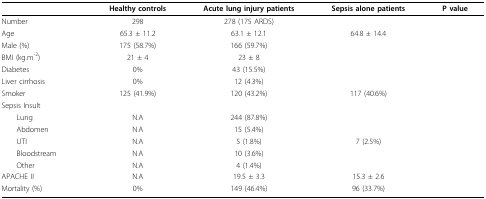
<table><thead><tr><td>[EMPTY_CELL]</td><td><b>Healthy controls</b></td><td><b>Acute lung injury patients</b></td><td><b>Sepsis alone patients</b></td><td><b>P value</b></td></tr></thead><tbody><tr><td>Number</td><td>298</td><td>278 (175 ARDS)</td><td>[EMPTY_CELL]</td><td>[EMPTY_CELL]</td></tr><tr><td>Age</td><td>65.3 ± 11.2</td><td>63.1 ± 12.1</td><td>64.8 ± 14.4</td><td>[EMPTY_CELL]</td></tr><tr><td>Male (%)</td><td>175 (58.7%)</td><td>166 (59.7%)</td><td>[EMPTY_CELL]</td><td>[EMPTY_CELL]</td></tr><tr><td>BMI (kg.m<sup>-2</sup>)</td><td>21 ± 4</td><td>23 ± 8</td><td>[EMPTY_CELL]</td><td>[EMPTY_CELL]</td></tr><tr><td>Diabetes</td><td>0%</td><td>43 (15.5%)</td><td>[EMPTY_CELL]</td><td>[EMPTY_CELL]</td></tr><tr><td>Liver cirrhosis</td><td>0%</td><td>12 (4.3%)</td><td>[EMPTY_CELL]</td><td>[EMPTY_CELL]</td></tr><tr><td>Smoker</td><td>125 (41.9%)</td><td>120 (43.2%)</td><td>117 (40.6%)</td><td>[EMPTY_CELL]</td></tr><tr><td>Sepsis Insult</td><td>[EMPTY_CELL]</td><td>[EMPTY_CELL]</td><td>[EMPTY_CELL]</td><td>[EMPTY_CELL]</td></tr><tr><td> Lung</td><td>N.A</td><td>244 (87.8%)</td><td>[EMPTY_CELL]</td><td>[EMPTY_CELL]</td></tr><tr><td> Abdomen</td><td>N.A</td><td>15 (5.4%)</td><td>[EMPTY_CELL]</td><td>[EMPTY_CELL]</td></tr><tr><td> UTI</td><td>N.A</td><td>5 (1.8%)</td><td>7 (2.5%)</td><td>[EMPTY_CELL]</td></tr><tr><td> Bloodstream</td><td>N.A</td><td>10 (3.6%)</td><td>[EMPTY_CELL]</td><td>[EMPTY_CELL]</td></tr><tr><td> Other</td><td>N.A</td><td>4 (1.4%)</td><td>[EMPTY_CELL]</td><td>[EMPTY_CELL]</td></tr><tr><td>APACHE II</td><td>N.A</td><td>19.5 ± 3.3</td><td>15.3 ± 2.6</td><td>[EMPTY_CELL]</td></tr><tr><td>Mortality (%)</td><td>0%</td><td>149 (46.4%)</td><td>96 (33.7%)</td><td>[EMPTY_CELL]</td></tr></tbody></table>